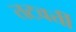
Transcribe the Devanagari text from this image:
तटवर्त्ती